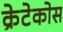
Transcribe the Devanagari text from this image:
क्रेटेकोस